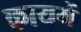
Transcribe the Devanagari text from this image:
कायमें